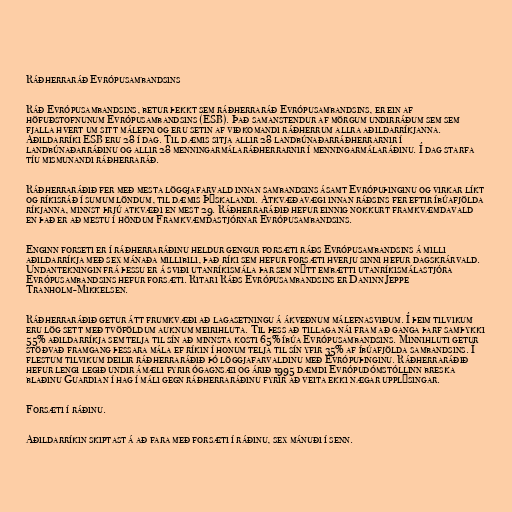
Ráðherraráð Evrópusambandsins

Ráð Evrópusambandsins, betur þekkt sem ráðherraráð Evrópusambandsins, er ein af
höfuðstofnunum Evrópusambandsins (ESB). Það samanstendur af mörgum undirráðum sem sem
fjalla hvert um sitt málefni og eru setin af viðkomandi ráðherrum allra aðildarríkjanna.
Aðildarríki ESB eru 28 í dag. Til dæmis sitja allir 28 landbúnaðarráðherrarnir í
landbúnaðarráðinu og allir 28 menningarmálaráðherrarnir í menningarmálaráðinu. Í dag starfa
tíu mismunandi ráðherraráð.

Ráðherraráðið fer með mesta löggjafarvald innan sambandsins ásamt Evrópuþinginu og virkar líkt
og ríkisráð í sumum löndum, til dæmis Þýskalandi. Atkvæðavægi innan ráðsins fer eftir íbúafjölda
ríkjanna, minnst þrjú atkvæði en mest 29. Ráðherraráðið hefur einnig nokkurt framkvæmdavald
en það er að mestu í höndum Framkvæmdastjórnar Evrópusambandsins.

Enginn forseti er í ráðherraráðinu heldur gengur forsæti ráðs Evrópusambandsins á milli
aðildarríkja með sex mánaða millibili, það ríki sem hefur forsæti hverju sinni hefur dagskrárvald.
Undantekningin frá þessu er á sviði utanríkismála þar sem nýtt embætti utanríkismálastjóra
Evrópusambandsins hefur forsæti. Ritari Ráðs Evrópusambandsins er Daninn Jeppe
Tranholm-Mikkelsen.

Ráðherraráðið getur átt frumkvæði að lagasetningu á ákveðnum málefnasviðum. Í þeim tilvikum
eru lög sett með tvöföldum auknum meirihluta. Til þess að tillaga nái fram að ganga þarf samþykki
55% aðildarríkja sem telja til sín að minnsta kosti 65% íbúa Evrópusambandsins. Minnihluti getur
stöðvað framgang þessara mála ef ríkin í honum telja til sín yfir 35% af íbúafjölda sambandsins. Í
flestum tilvikum deilir ráðherraráðið þó löggjafarvaldinu með Evrópuþinginu. Ráðherraráðið
hefur lengi legið undir ámæli fyrir ógagnsæi og árið 1995 dæmdi Evrópudómstóllinn breska
blaðinu Guardian í hag í máli gegn ráðherraráðinu fyrir að veita ekki nægar upplýsingar.

Forsæti í ráðinu.

Aðildarríkin skiptast á að fara með forsæti í ráðinu, sex mánuði í senn.